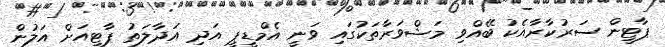
ޕާޓީން ސަރުކާރާއެކު ބޭއްވި މަޝްވަރާތަކުގައި ވަނީ އެމްޑީޕީ އަދި އަދާލަތު ޕާޓީއަށް އަލުން